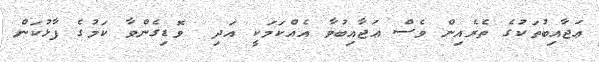
ޢަޖާއިބުތަކުގެ ތެރެއިން ވެސް ޢަޖާއިބުވާ އެއްކަމަކީ އަދި  ވޮޑިގެންވާ ކަމުގެ ފާޅުކަން